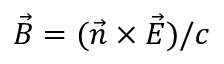
\vec { B } = ( \vec { n } \times \vec { E } ) / c